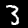
Digit: 3